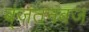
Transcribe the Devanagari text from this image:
ब्ंजंतनबज